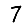
Digit: 7